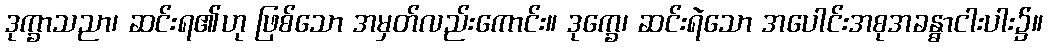
ဒုက္ခာသညာ၊ ဆင်းရ၏ဟု ဖြစ်သော အမှတ်လည်းကောင်း။ ဒုက္ခေ၊ ဆင်းရဲသော အပေါင်းအစုအခန္ဓာငါးပါး၌။